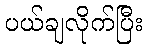
ပယ်ချလိုက်ပြီး